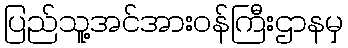
ပြည်သူ့အင်အားဝန်ကြီးဌာနမှ